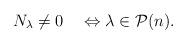
LaTeX: \begin{align*}N_\lambda\not=0\quad\Leftrightarrow\lambda\in\mathcal{P}(n).\end{align*}